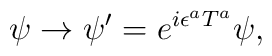
\psi  \rightarrow \psi^{\prime}= e^{i\epsilon^{a}T^{a}} \psi,